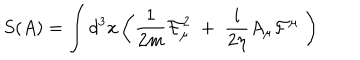
S ( A ) = \int d ^ { 3 } x \left( \frac { 1 } { 2 m } \mathcal { F } _ { \mu } ^ { 2 } \; + \; \frac { i } { 2 \eta } A _ { \mu } \mathcal { F } ^ { \mu } \; \right) \;